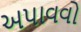
અપાવવો